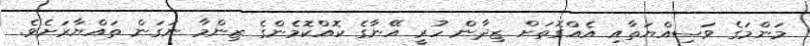
މަންމަގެ ވަސިއްޔަތާއި އެއްގޮތަށް ޒިދާން ހުރީ އޭނާގެ ކޮއްކޮމެންގެ ޒިންމާ ނަގަން ތައްޔާރަށެވެ.